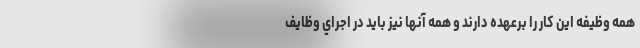
همه وظيفه اين كار را برعهده دارند و همه آنها نيز بايد در اجراي وظايف